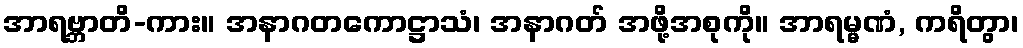
အာရဗ္ဘာတိ-ကား။ အနာဂတကောဋ္ဌာသံ၊ အနာဂတ် အဖို့အစုကို။ အာရမ္မဏံ, ကရိတွာ၊